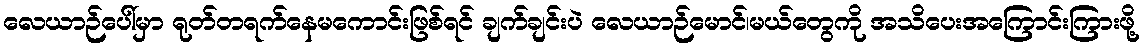
လေယာဉ်ပေါ်မှာ ရုတ်တရက်နေမကောင်းဖြစ်ရင် ချက်ချင်းပဲ လေယာဉ်မောင်၊မယ်တွေကို အသိပေးအကြောင်းကြားဖို့